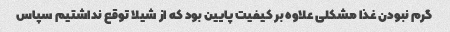
گرم نبودن غذا مشکلی علاوه بر کیفیت پایین بود که از شیلا توقع نداشتیم سپاس